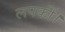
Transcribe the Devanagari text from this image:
लपकीं।